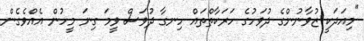
"މިއަދަކީ ޒުވާނުންގެ ދުވަހުގެ ހަރަކާތްތައް ހިނގާ ދުވަސް ވީމަ ގިނަ މީހުން އެއްވެގެން